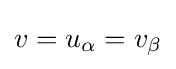
v=u_{\alpha }=v_{\beta }